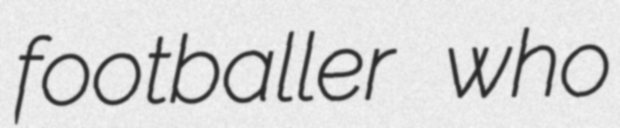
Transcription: footballer who